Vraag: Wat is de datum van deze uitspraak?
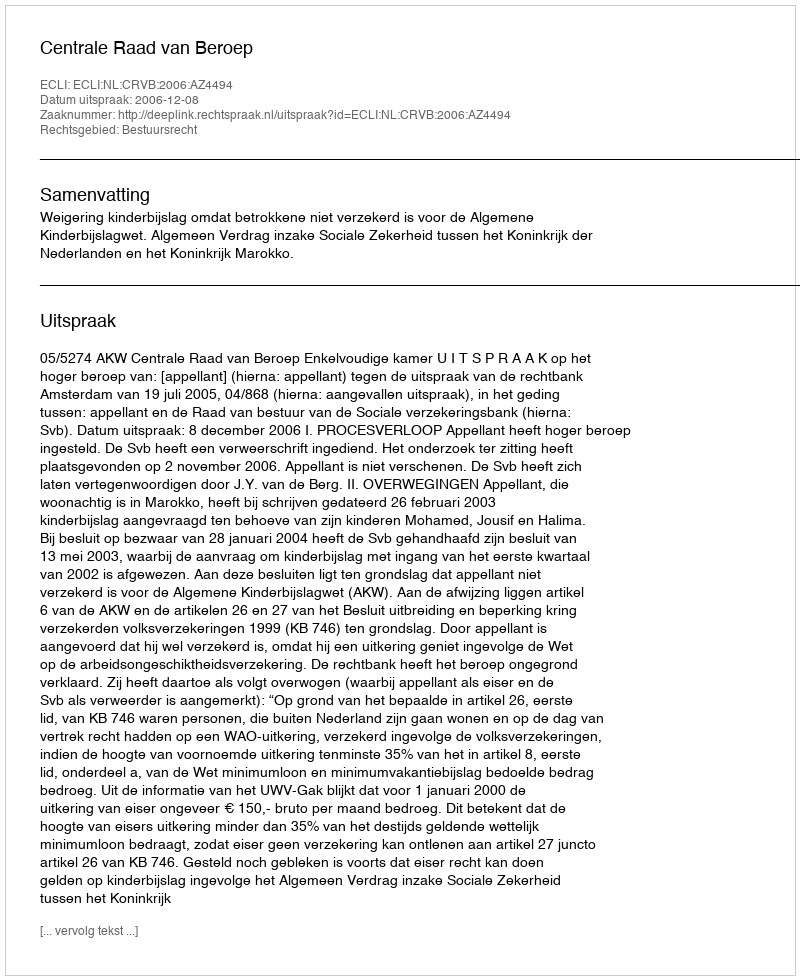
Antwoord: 2006-12-08